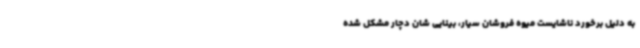
به دلیل برخورد ناشایست میوه فروشان سیار، بینایی شان دچار مشکل شده